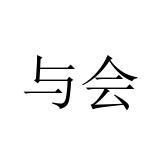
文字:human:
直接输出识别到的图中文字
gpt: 与会